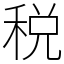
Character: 税